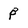
Character: p